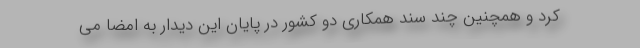
کرد و همچنین چند سند همکاری دو کشور در پایان این دیدار به امضا می